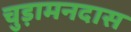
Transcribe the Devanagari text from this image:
चुड़ामनदास